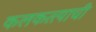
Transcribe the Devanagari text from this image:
कलकत्त्याची